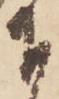
下